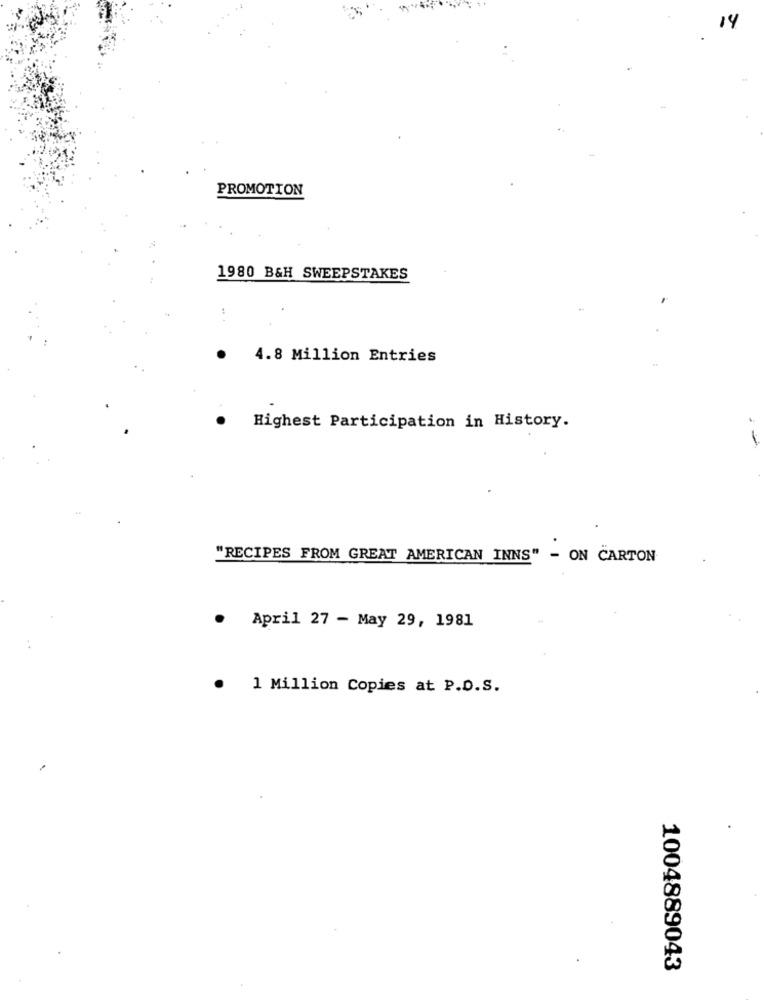
14
PROMOTION
1980 B&H SWEEPSTAKES
4.8 Million Entries
Highest Participation in History.
-
"RECIPES FROM GREAT AMERICAN INNS" - ON CARTON
April 27 - May 29, 1981
1 Million Copies at P.D.S.
1004889043